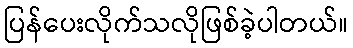
ပြန်ပေးလိုက်သလိုဖြစ်ခဲ့ပါတယ်။